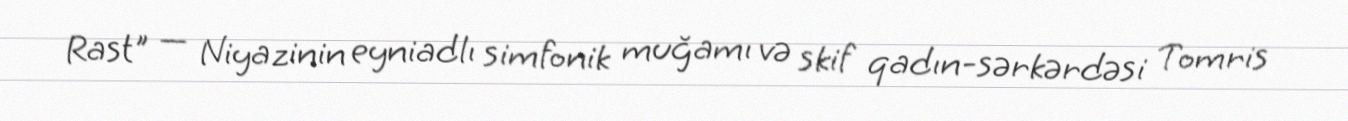
Rast" — Niyazinin eyniadlı simfonik muğamı və skif qadın-sərkərdəsi Tomris